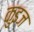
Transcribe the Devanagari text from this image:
कुइज